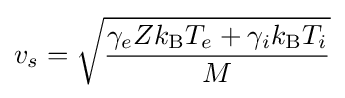
v_{s}={\sqrt {\frac {\gamma _{e}Zk_{\text{B}}T_{e}+\gamma _{i}k_{\text{B}}T_{i}}{M}}}